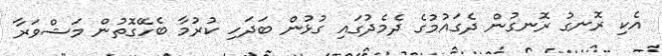
އެކި ރޮނގު ރޮނގުން ދެގައުމުގެ ދެމެދުގައި ގުޅުން ބަދަހި ކުރުމާ ބެހޭގޮތުން މަޝްވަރާ